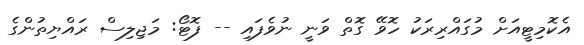
އެކޮމިޓީއަށް މުގައްރިރަކު ހޮވޭ ގޮތް ވަނީ ނުވެފައި -- ފޮޓޯ: މަޖިލިސް ރައްޔިތުންގެ